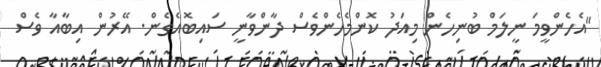
"އެހެންވީމަ ނީލަމް ބުނިހެން މިއަދު ކޮންމެހެންވެސް ދާންވާނީ ސައިބޮއެގެން. އޭރުން އިބާއާ ވެސް